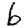
Digit: 6